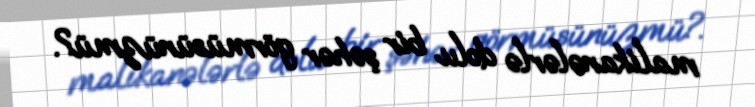
malikanələrlə dolu bir şəhər görmüsünüzmü?.